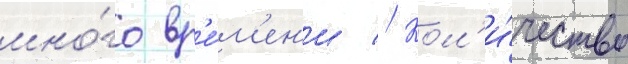
мно́го вр'е́м'ен'и // Кол'и́чество